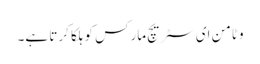
وٹامن ای سٹریچ مارکس کو ہلکا کرتا ہے۔